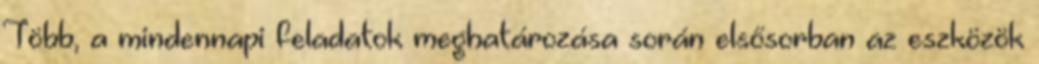
Több, a mindennapi feladatok meghatározása során elsősorban az eszközök